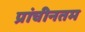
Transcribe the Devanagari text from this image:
प्रांचीनतम